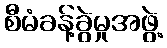
စီမံခန့်ခွဲမှုအဖွဲ့